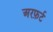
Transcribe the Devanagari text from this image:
अरफ़र्ट